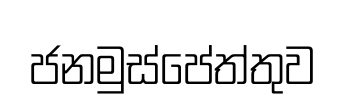
ජනමුස්පේත්තුව